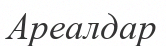
Ареалдар